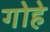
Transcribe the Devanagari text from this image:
गोहे